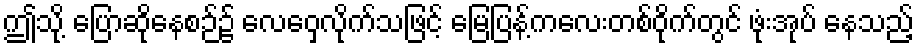
ဤသို့ ပြောဆိုနေစဉ်၌ လေဝှေ့လိုက်သဖြင့် မြေပြန့်ကလေးတစ်ဝိုက်တွင် ဖုံးအုပ် နေသည့်